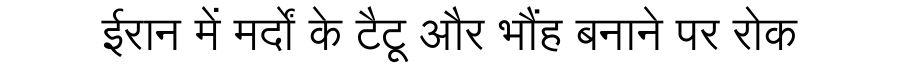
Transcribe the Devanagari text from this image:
ईरान में मर्दों के टैटू और भौंह बनाने पर रोक